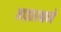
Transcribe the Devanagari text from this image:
कझानने